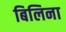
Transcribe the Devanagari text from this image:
बिलिना